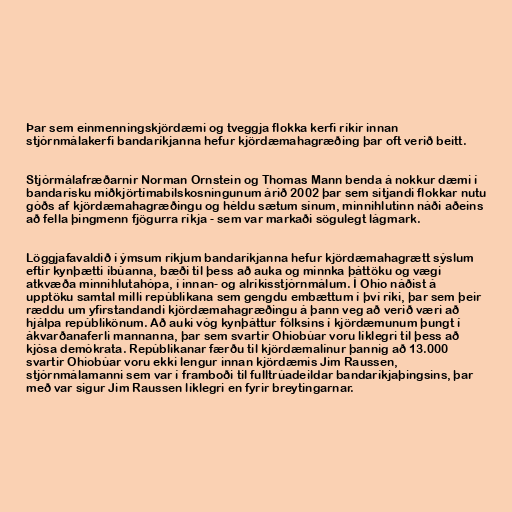
Þar sem einmenningskjördæmi og tveggja flokka kerfi ríkir innan
stjórnmálakerfi bandaríkjanna hefur kjördæmahagræðing þar oft verið beitt.

Stjórmálafræðarnir Norman Ornstein og Thomas Mann benda á nokkur dæmi í
bandarísku miðkjörtímabilskosningunum árið 2002 þar sem sitjandi flokkar nutu
góðs af kjördæmahagræðingu og héldu sætum sínum, minnihlutinn náði aðeins
að fella þingmenn fjögurra ríkja - sem var markaði sögulegt lágmark.

Löggjafavaldið í ýmsum ríkjum bandaríkjanna hefur kjördæmahagrætt sýslum
eftir kynþætti íbúanna, bæði til þess að auka og minnka þáttöku og vægi
atkvæða minnihlutahópa, í innan- og alríkisstjórnmálum. Í Ohio náðist á
upptöku samtal milli repúblikana sem gengdu embættum í því ríki, þar sem þeir
ræddu um yfirstandandi kjördæmahagræðingu á þann veg að verið væri að
hjálpa repúblikönum. Að auki vóg kynþáttur fólksins í kjördæmunum þungt í
ákvarðanaferli mannanna, þar sem svartir Ohiobúar voru líklegri til þess að
kjósa demókrata. Repúblikanar færðu til kjördæmalínur þannig að 13.000
svartir Ohiobúar voru ekki lengur innan kjördæmis Jim Raussen,
stjórnmálamanni sem var í framboði til fulltrúadeildar bandaríkjaþingsins, þar
með var sigur Jim Raussen líklegri en fyrir breytingarnar.